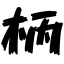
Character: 柄